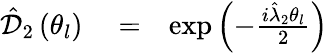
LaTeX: \begin{array}{rlr}{\hat{\mathcal D}_{2}\left(\theta_{l}\right)}&{{}=}&{\exp\left(-\frac{i\hat{\lambda}_{2}\theta_{l}}{2}\right)}\end{array}